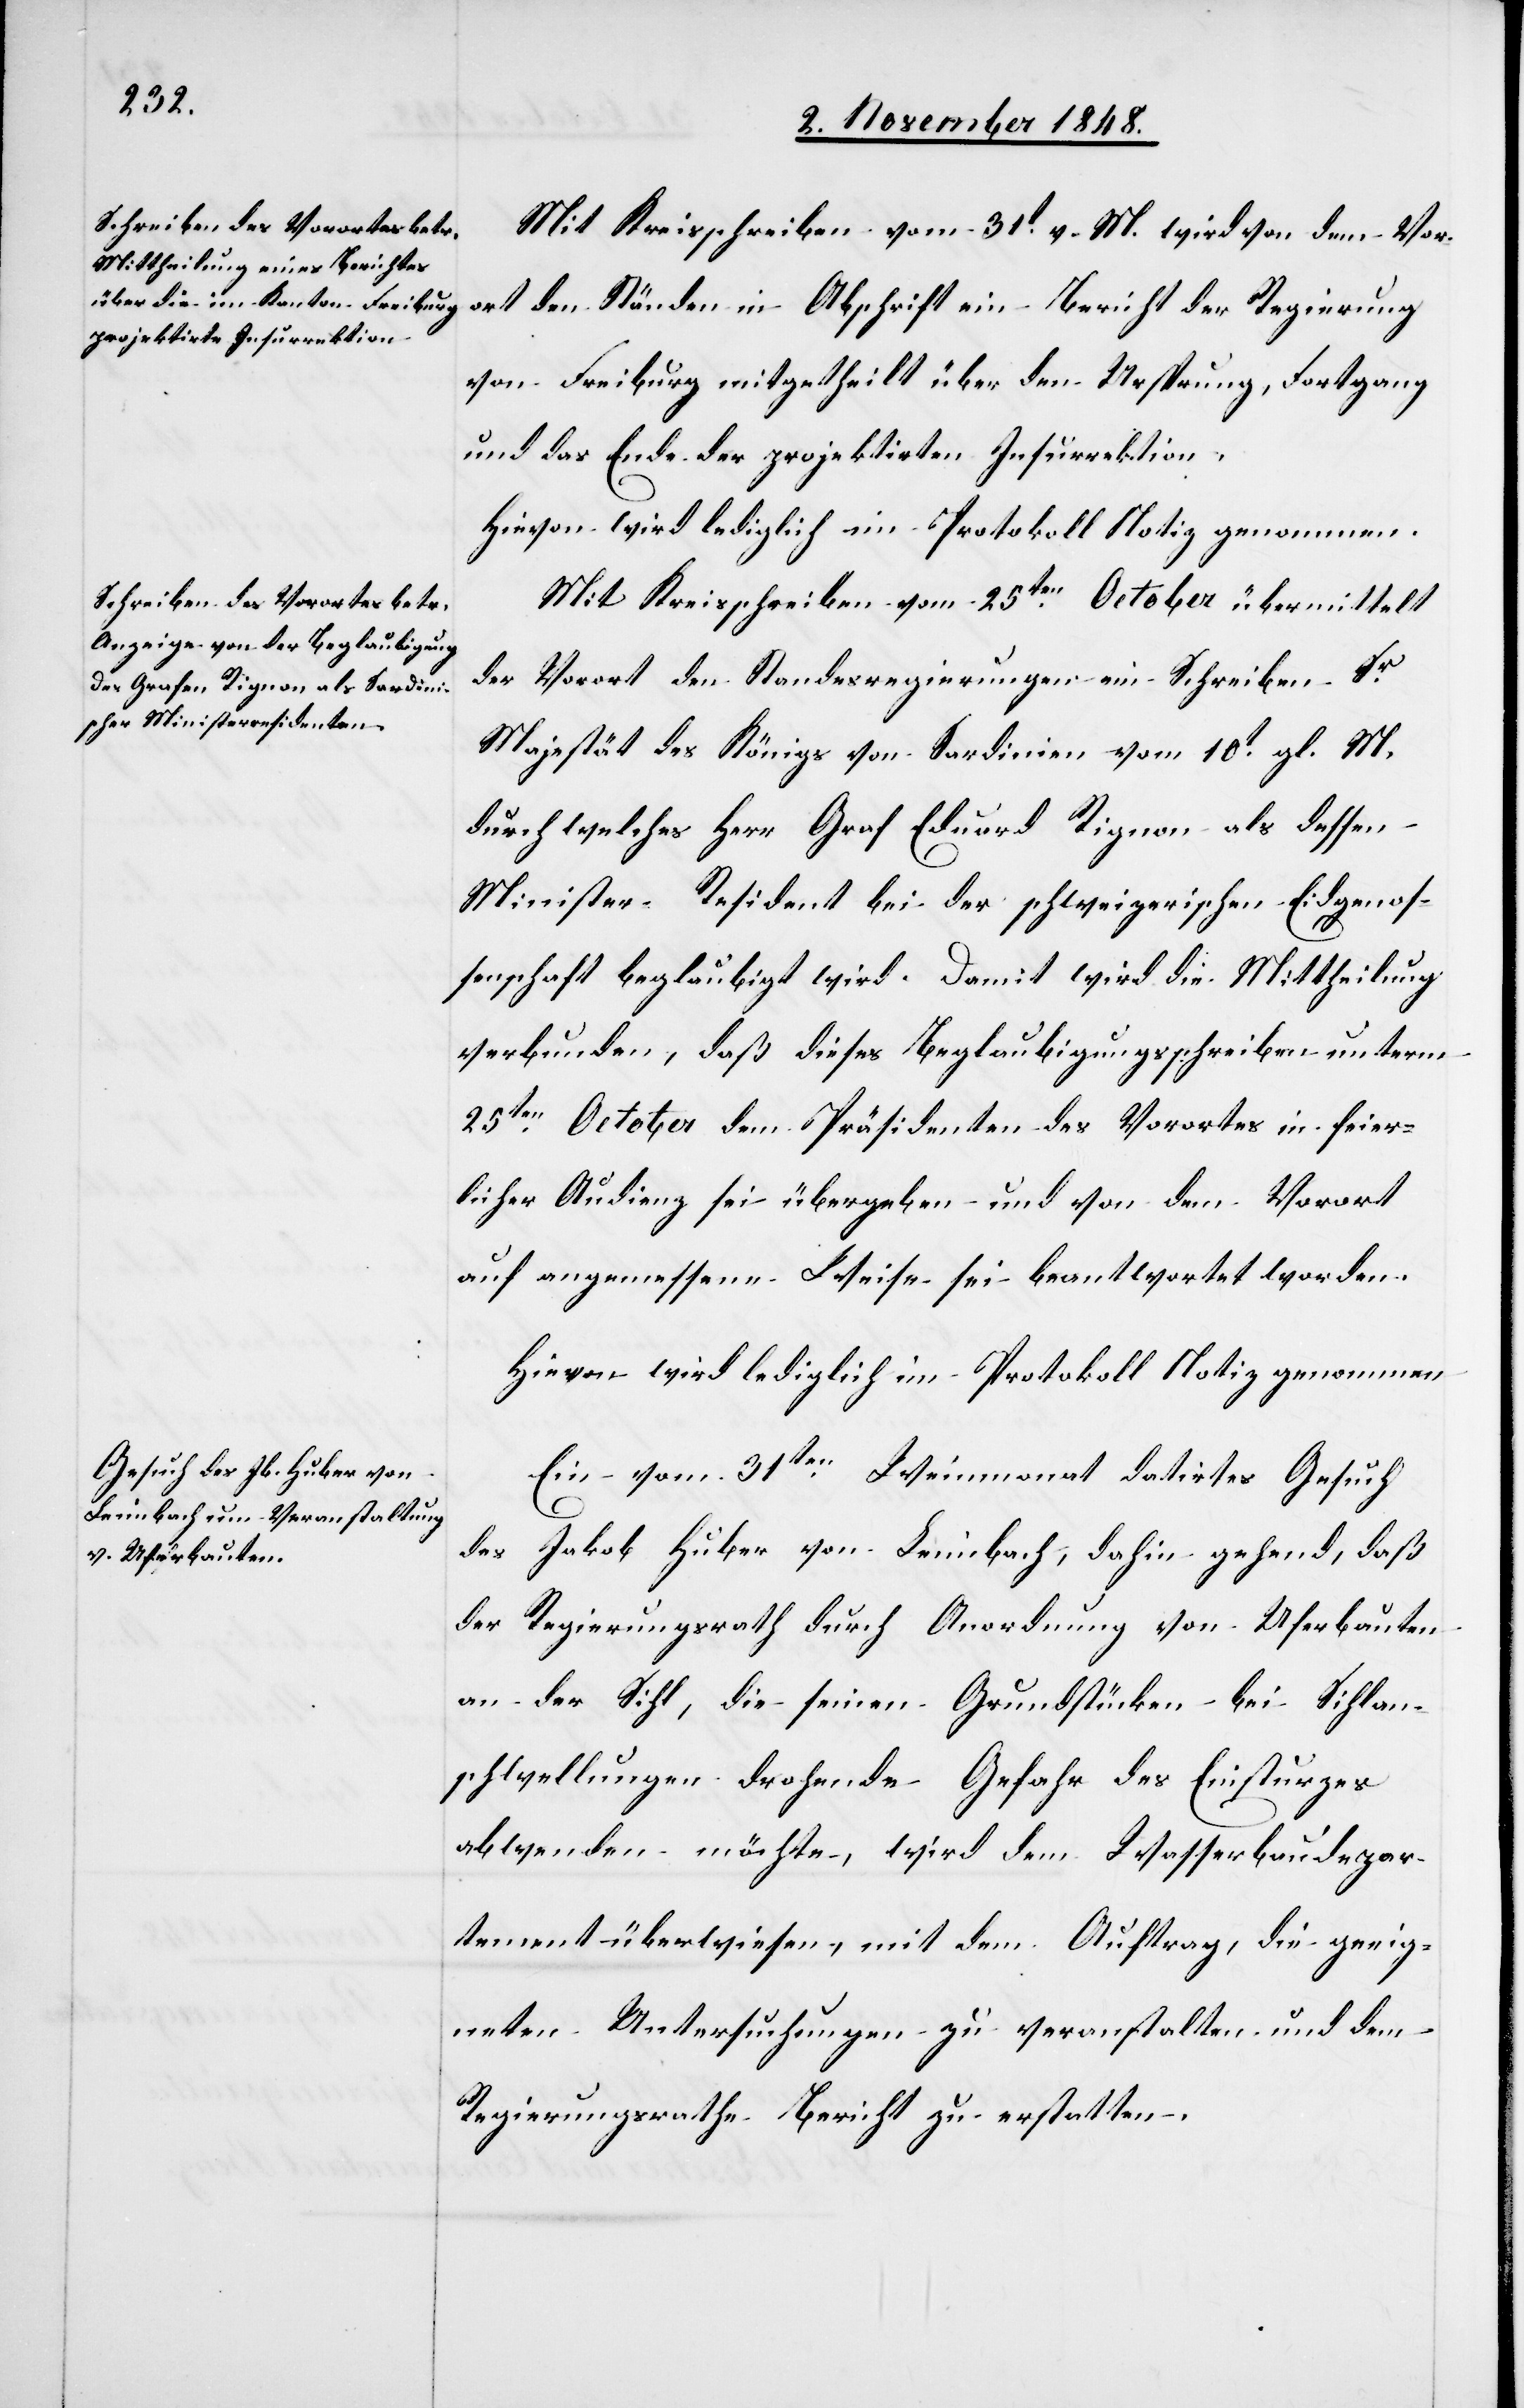
Mit Kreisschreiben vom 31t v. M. wird von dem Vor¬
ort den Ständen in Abschrift ein Bericht der Regierung
von Freiburg mitgetheilt über den Ursprung, Fortgang
und das Ende der projektirten Insurrektion.
Hievon wird lediglich im Protokoll Notiz genommen.
Mit Kreisschreiben vom 25ten October übermittelt
der Vorort den Standesregierungen ein Schreiben Sr
Majestät des Königs von Sardinien vom 10t gl. M.
durch welches Herr Graf Eduard Rignon als dessen
Minister-Resident bei der schweizerischen Eidgenos¬
senschaft beglaubigt wird. Damit wird die Mittheilung
verbunden, daß dieses Beglaubigungsschreiben unterm
25ten October dem Präsidenten des Vorortes in feier¬
licher Audienz sei übergeben und von dem Vorort
auf angemessene Weise sei beantwortet worden.
Hievon wird lediglich im Protokoll Notiz genommen.
Ein vom 31ten Weinmonat datirtes Gesuch
des Jakob Huber von Leimbach, dahin gehend, daß
der Regierungsrath durch Anordnung von Uferbauten
an der Sihl, die seinen Grundstücken bei Sihlan¬
schwellungen drohende Gefahr des Einsturzes
abwenden möchte, wird dem Wasserbaudepar¬
tement überwiesen, mit dem Auftrag, die geeig¬
neten Untersuchungen zu veranstalten und dem
Regierungsrathe Bericht zu erstatten.